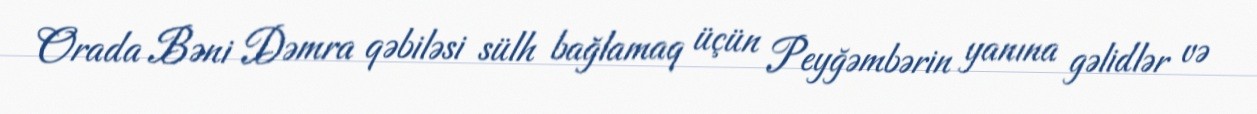
Orada Bəni Dəmra qəbiləsi sülh bağlamaq üçün Peyğəmbərin yanına gəlidlər və